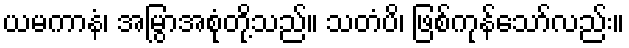
ယမကာနံ၊ အမြွာအစုံတို့သည်။ သတံပိ၊ ဖြစ်ကုန်သော်လည်း။